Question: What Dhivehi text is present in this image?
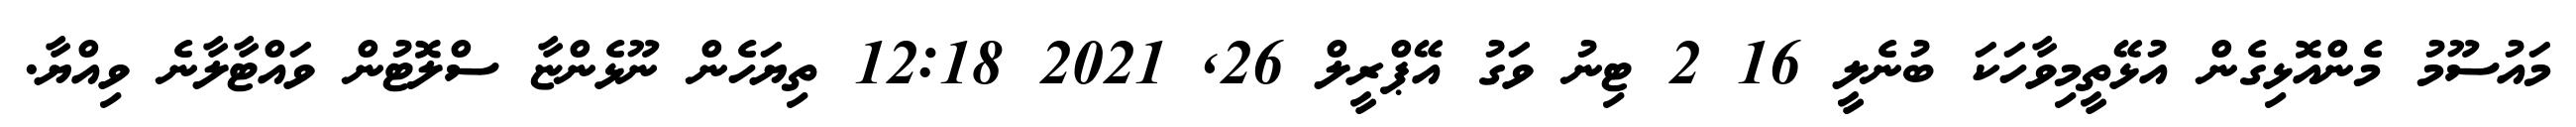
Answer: މައުސޫމު މެންއޮޅިގެން އުޅޭތީމިވާހަކަ ބުނެލީ 16 2 ޓިނު ވަގު އޭޕްރީލް 26, 2021 12:18 ތިޔަހެން ނޫޅެންޏާ ސްލޮޓުން ވައްޓާލާނެ ވިއްޔާ.